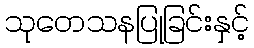
သုတေသနပြုခြင်းနှင့်